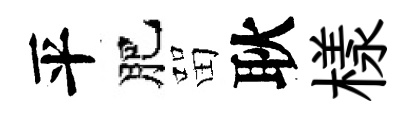
平肥㽞耿樣